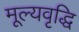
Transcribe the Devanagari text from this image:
मूल्‍यवृद्धि